Burma Government Medical School reports 1923-41
Year: 1923
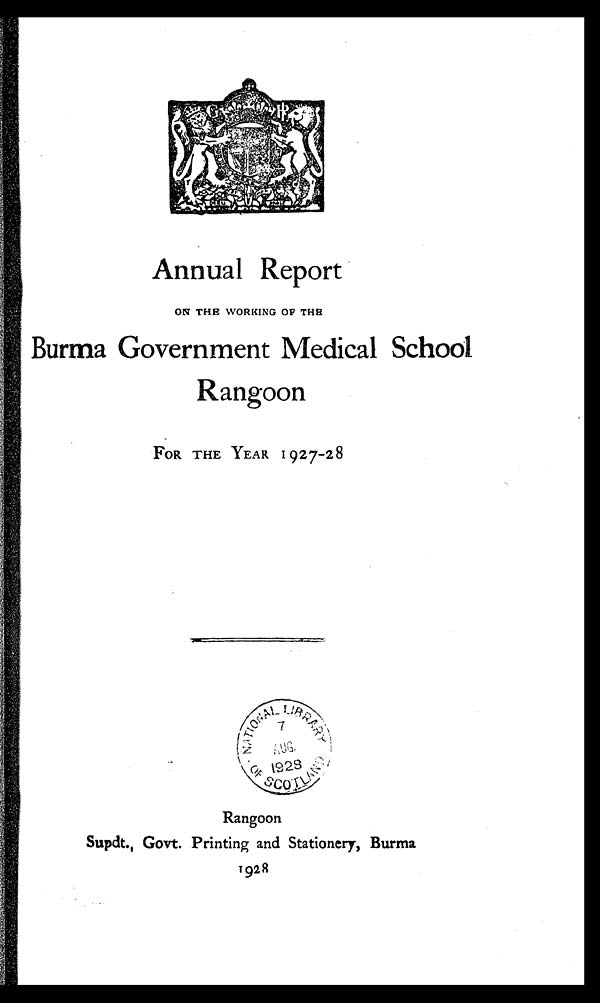
Annual Report
ON THE WORKING OF THE
Burma Government Medical School
Rangoon
FOR THE YEAR 1927-28
Rangoon
Supdt., Govt. Printing and Stationery, Burma.
1928